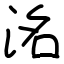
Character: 洺